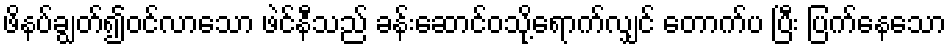
ဖိနပ်ချွတ်၍ဝင်လာသော ဖဲင်နီသည် ခန်းဆောင်ဝသို့ရောက်လျှင် တောက်ပ ပြီး ပြက်နေသော